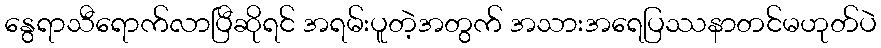
နွေရာသီရောက်လာပြီဆိုရင် အရမ်းပူတဲ့အတွက် အသားအရေပြဿနာတင်မဟုတ်ပဲ